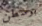
بوسطن